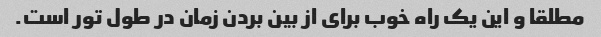
مطلقا و این یک راه خوب برای از بین بردن زمان در طول تور است.